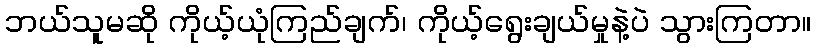
ဘယ်သူမဆို ကိုယ့်ယုံကြည်ချက်၊ ကိုယ့်ရွေးချယ်မှုနဲ့ပဲ သွားကြတာ။